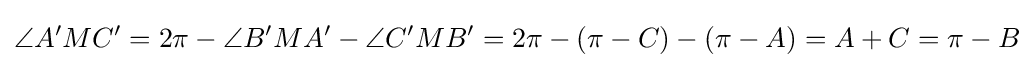
\angle A'MC'=2\pi -\angle B'MA'-\angle C'MB'=2\pi -(\pi -C)-(\pi -A)=A+C=\pi -B